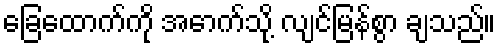
ခြေထောက်ကို အောက်သို့ လျင်မြန်စွာ ချသည်။